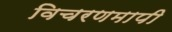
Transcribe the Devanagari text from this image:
विचरणमापी